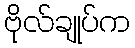
ဗိုလ်ချုပ်က